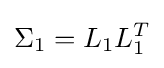
\Sigma _{1}=L_{1}L_{1}^{T}